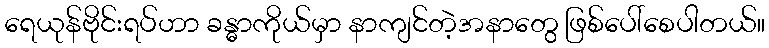
ရေယုန်ဗိုင်းရပ်ဟာ ခန္ဓာကိုယ်မှာ နာကျင်တဲ့အနာတွေ ဖြစ်ပေါ်စေပါတယ်။